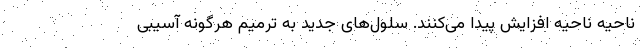
ناحیه ناحیه افزایش پیدا می‌کنند. سلول‌های جدید به ترمیم هرگونه آسیبی